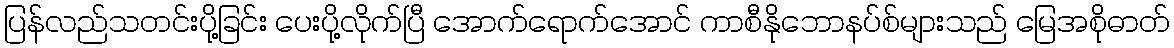
ပြန်လည်သတင်းပို့ခြင်း ပေးပို့လိုက်ပြီ အောက်ရောက်အောင် ကာစီနိုဘောနပ်စ်များသည် မြေအစိုဓာတ်